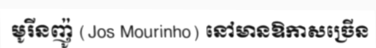
មូរីនញ៉ូ (Jos Mourinho) នៅមានឱកាសច្រើន